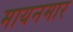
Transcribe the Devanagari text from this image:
मायनमार